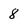
Character: 8